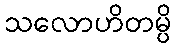
သလောဟိတမ္ပိ